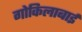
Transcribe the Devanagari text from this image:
गोकिलाबाई